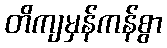
တိကျမှန်ကန်စွာ